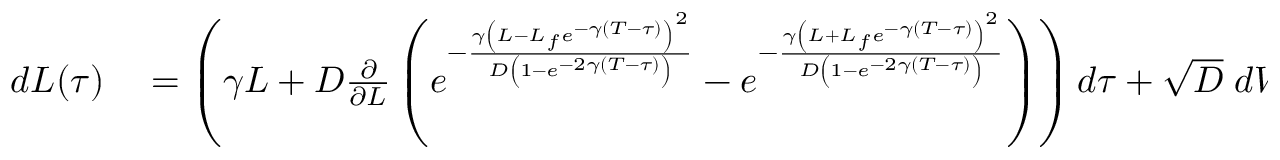
\begin{array} { r l } { d L ( \tau ) } & { { } = \left( \gamma L + D \frac { \partial } { \partial L } \left( e ^ { - \frac { \gamma \left( L - L _ { f } e ^ { - \gamma ( T - \tau ) } \right) ^ { 2 } } { D \left( 1 - e ^ { - 2 \gamma ( T - \tau ) } \right) } } - e ^ { - \frac { \gamma \left( L + L _ { f } e ^ { - \gamma ( T - \tau ) } \right) ^ { 2 } } { D \left( 1 - e ^ { - 2 \gamma ( T - \tau ) } \right) } } \right) \right) d \tau + \sqrt { D } \; d W _ { \tau } } \end{array}